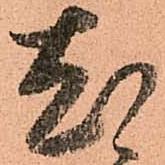
尤